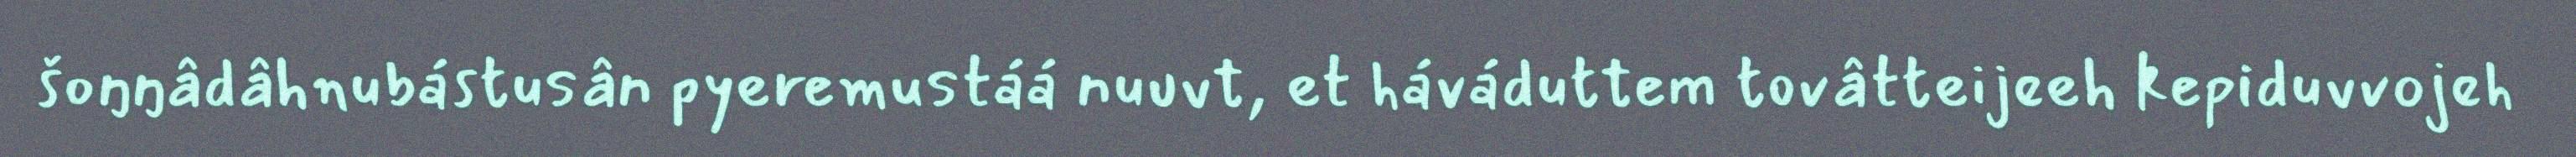
šoŋŋâdâhnubástusân pyeremustáá nuuvt, et háváduttem tovâtteijeeh kepiduvvojeh